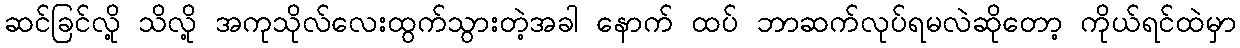
ဆင်ခြင်လို့ သိလို့ အကုသိုလ်လေးထွက်သွားတဲ့အခါ နောက် ထပ် ဘာဆက်လုပ်ရမလဲဆိုတော့ ကိုယ်ရင်ထဲမှာ